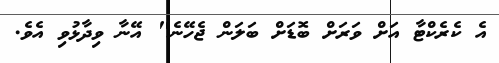
އެ ކެރެކްޓާ އަށް ވަރަށް ބޮޑަށް ބަލަން ޖެހޭނެ" އޭނާ ވިދާޅުވި އެވެ.